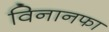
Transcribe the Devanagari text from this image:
विनानफा